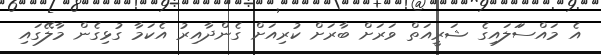
އެ މައްސަަލައިގެ ޝަރީއަތް ވަރަށް ބާރަށް ކުރިއަށް ގެންދާއިރު އެކަމާ ގުޅިގެން މާލޭގައި